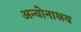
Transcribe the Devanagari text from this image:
अन्योनाश्रय